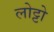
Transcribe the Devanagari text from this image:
लोट्टो